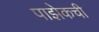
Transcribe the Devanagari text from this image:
पाझेकची